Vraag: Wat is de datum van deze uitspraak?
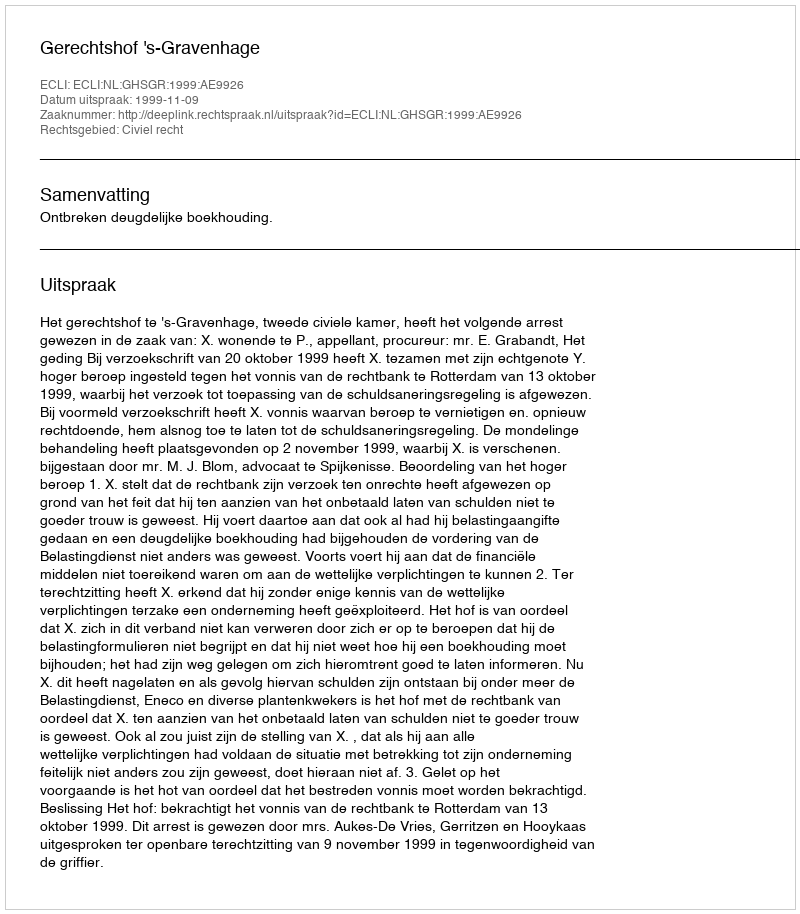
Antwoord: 1999-11-09